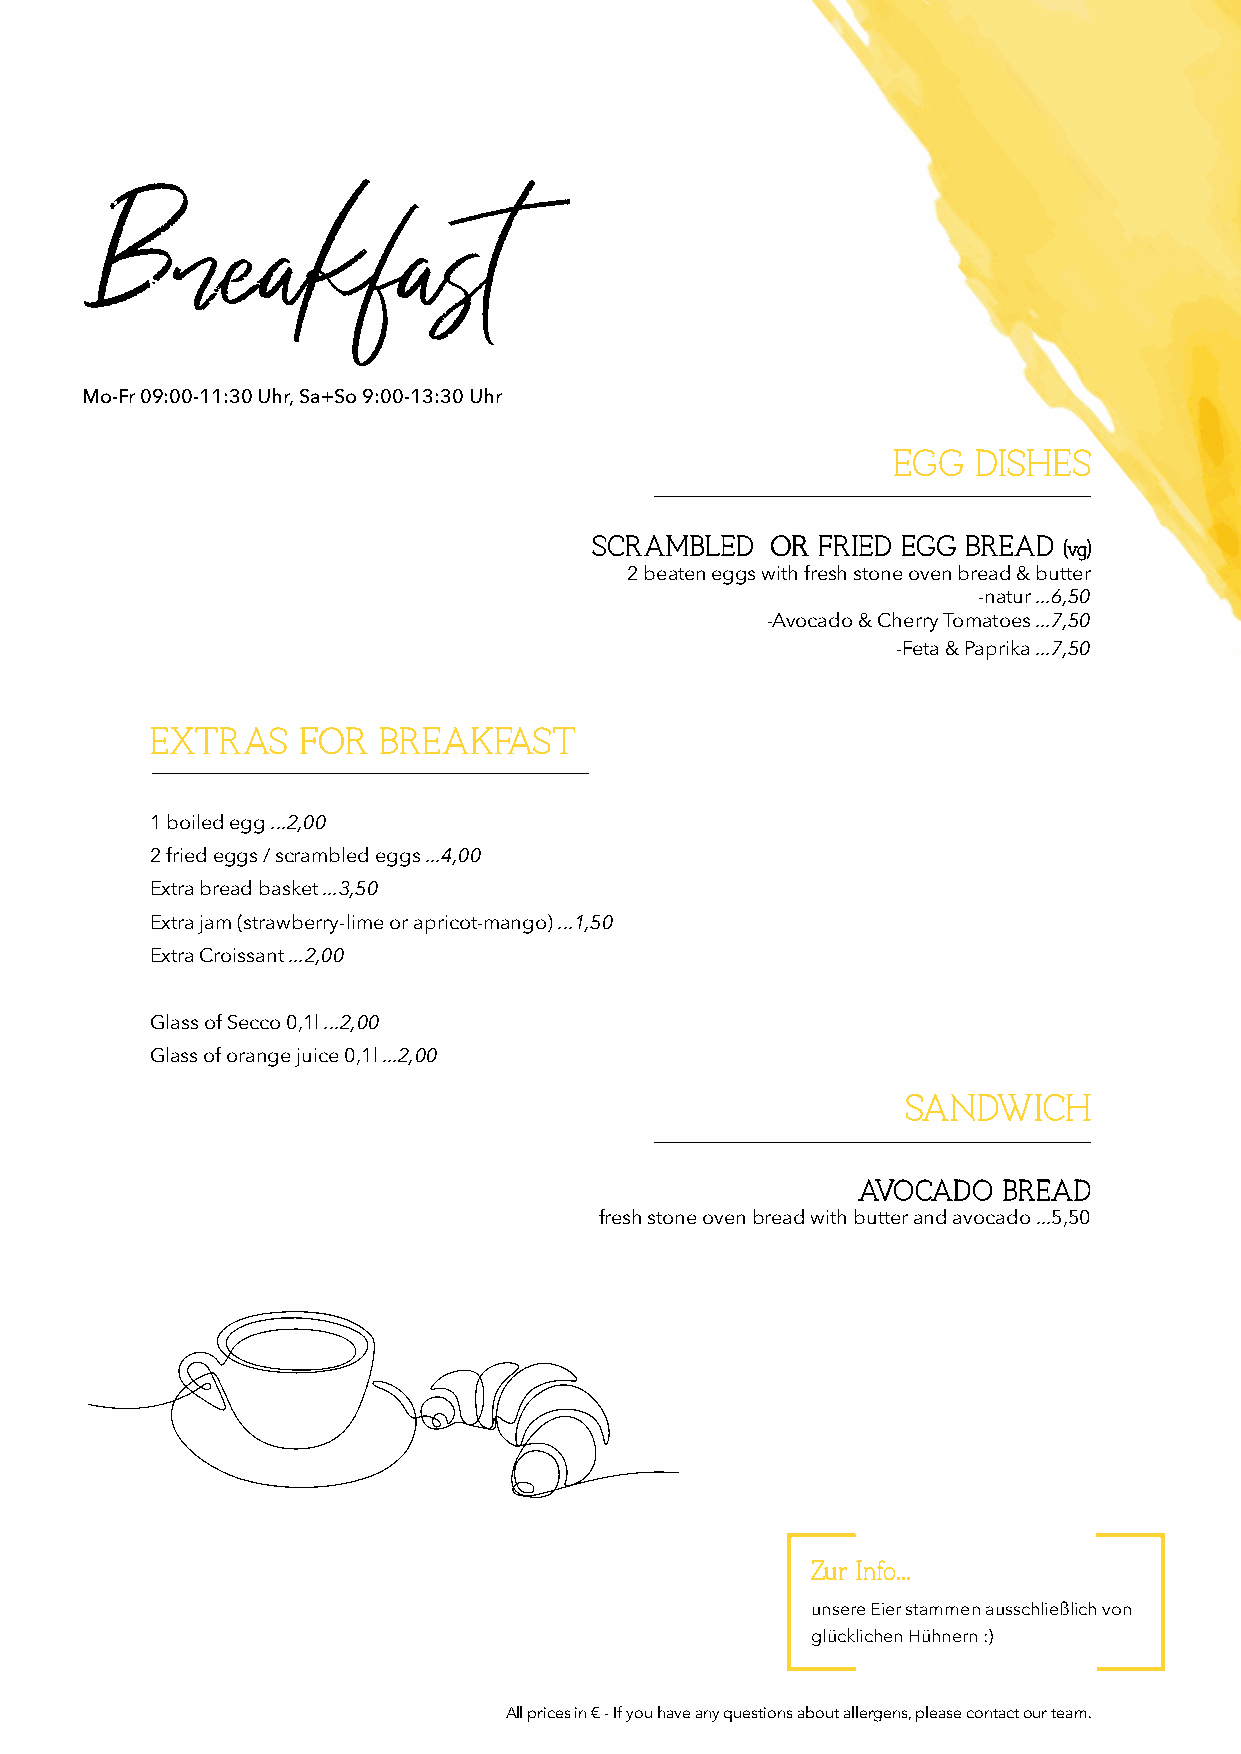
Mo-Fr 09:00-11:30 Uhr, Sa+So 9:00-13:30 Uhr
 EEGGGG DDIISSHHEESS
 SSCCRRAAMMBBLLEEDD OORR FFRRIIEEDD EEGGGG BBRREEAADD
 ((vvgg))
 2 beaten eggs with fresh stone oven bread & butter
 -natur ...6,50
 -Avocado & Cherry Tomatoes ...7,50
 -Feta & Paprika ...7,50
 EEXXTTRRAASS FFOORR BBRREEAAKKFFAASSTT
 1 boiled egg ...2,00
 2 fried eggs / scrambled eggs ...4,00
 Extra bread basket ...3,50
 Extra jam (strawberry-lime or apricot-mango) ...1,50
 Extra Croissant ...2,00
 Glass of Secco 0,1l ...2,00
 Glass of orange juice 0,1l ...2,00
 SSAANNDDWWIICCHH
 AAVVOOCCAADDOO BBRREEAADD
 fresh stone oven bread with butter and avocado ...5,50
 ZZuurr IInnffoo......
 unsere Eier stammen ausschließlich von
 glücklichen Hühnern :)
 All prices in € - If you have any questions about allergens, please contact our team.